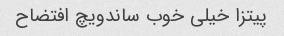
پیتزا خیلی خوب ساندویچ افتضاح